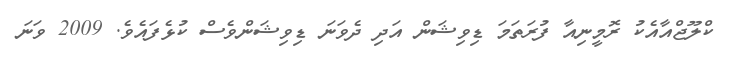
ކްލޫޖްއާއެކު ރޮމީނިއާ ފުރަތަމަ ޑިވިޝަން އަދި ދެވަނަ ޑިވިޝަންވެސް ކުޅެފައެވެ. 2009 ވަނަ